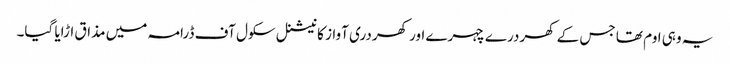
یہ وہی اوم تھا جس کے کھردرے چہرے اور کھردری آواز کا نیشنل سکول آف ڈرامہ میں مذاق اڑایا گیا۔